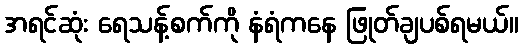
အရင်ဆုံး ရေသန့်စက်ကို နံရံကနေ ဖြုတ်ချပစ်ရမယ်။